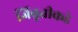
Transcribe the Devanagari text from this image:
जिबूतीकडे